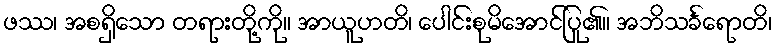
ဖဿ၊ အစရှိသော တရားတို့ကို။ အာယူဟတိ၊ ပေါင်းစုမိအောင်ပြု၏။ အဘိသင်္ခရောတိ၊